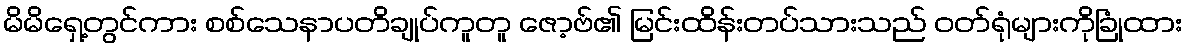
မိမိရှေ့တွင်ကား စစ်သေနာပတိချုပ်ကူတူ ဇော့ဗ်၏ မြင်းထိန်းတပ်သားသည် ဝတ်ရုံများကိုခြုံထား